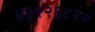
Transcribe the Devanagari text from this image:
४३२२६८२०